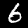
Label: 6